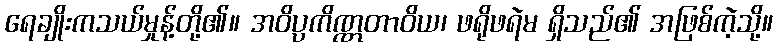
ရေချိုးကသယ်မှုန့်တို့၏။ အဝိပ္ပကိဏ္ဏတာဝိယ၊ ဖရိုဖရဲမ ရှိသည်၏ အဖြစ်ကဲ့သို့။